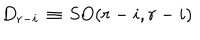
D _ { r - i } \, \equiv \, \mathrm { S O } ( r - i , r - i )